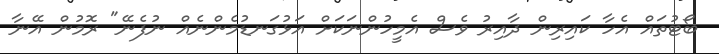
ބޯޓުތައް އެހާ ކައިރިން ދާއިރު ވެސް އެމީހުންނަކަށް އަޅުގަނޑުމެންނެއް ނުފެނޭ" ރޮމުން އޭނާ